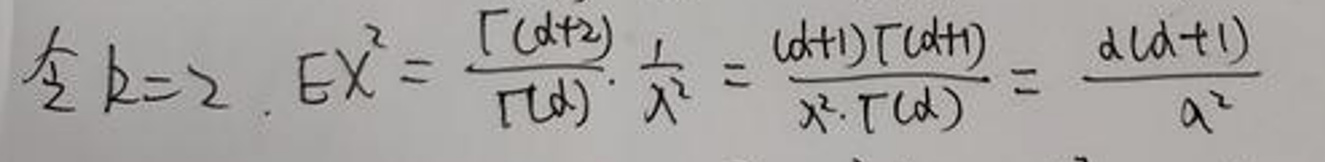
令$  k = 2, E X^{2}=\frac{\Gamma(d + 2)}{\Gamma(d)}\cdot\frac{1}{\lambda^{2}}=\frac{(d + 1)\Gamma(d + 1)}{\lambda^{2}\cdot\Gamma(d)}=\frac{d(d + 1)}{\lambda^{2}}$